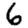
Digit: 6